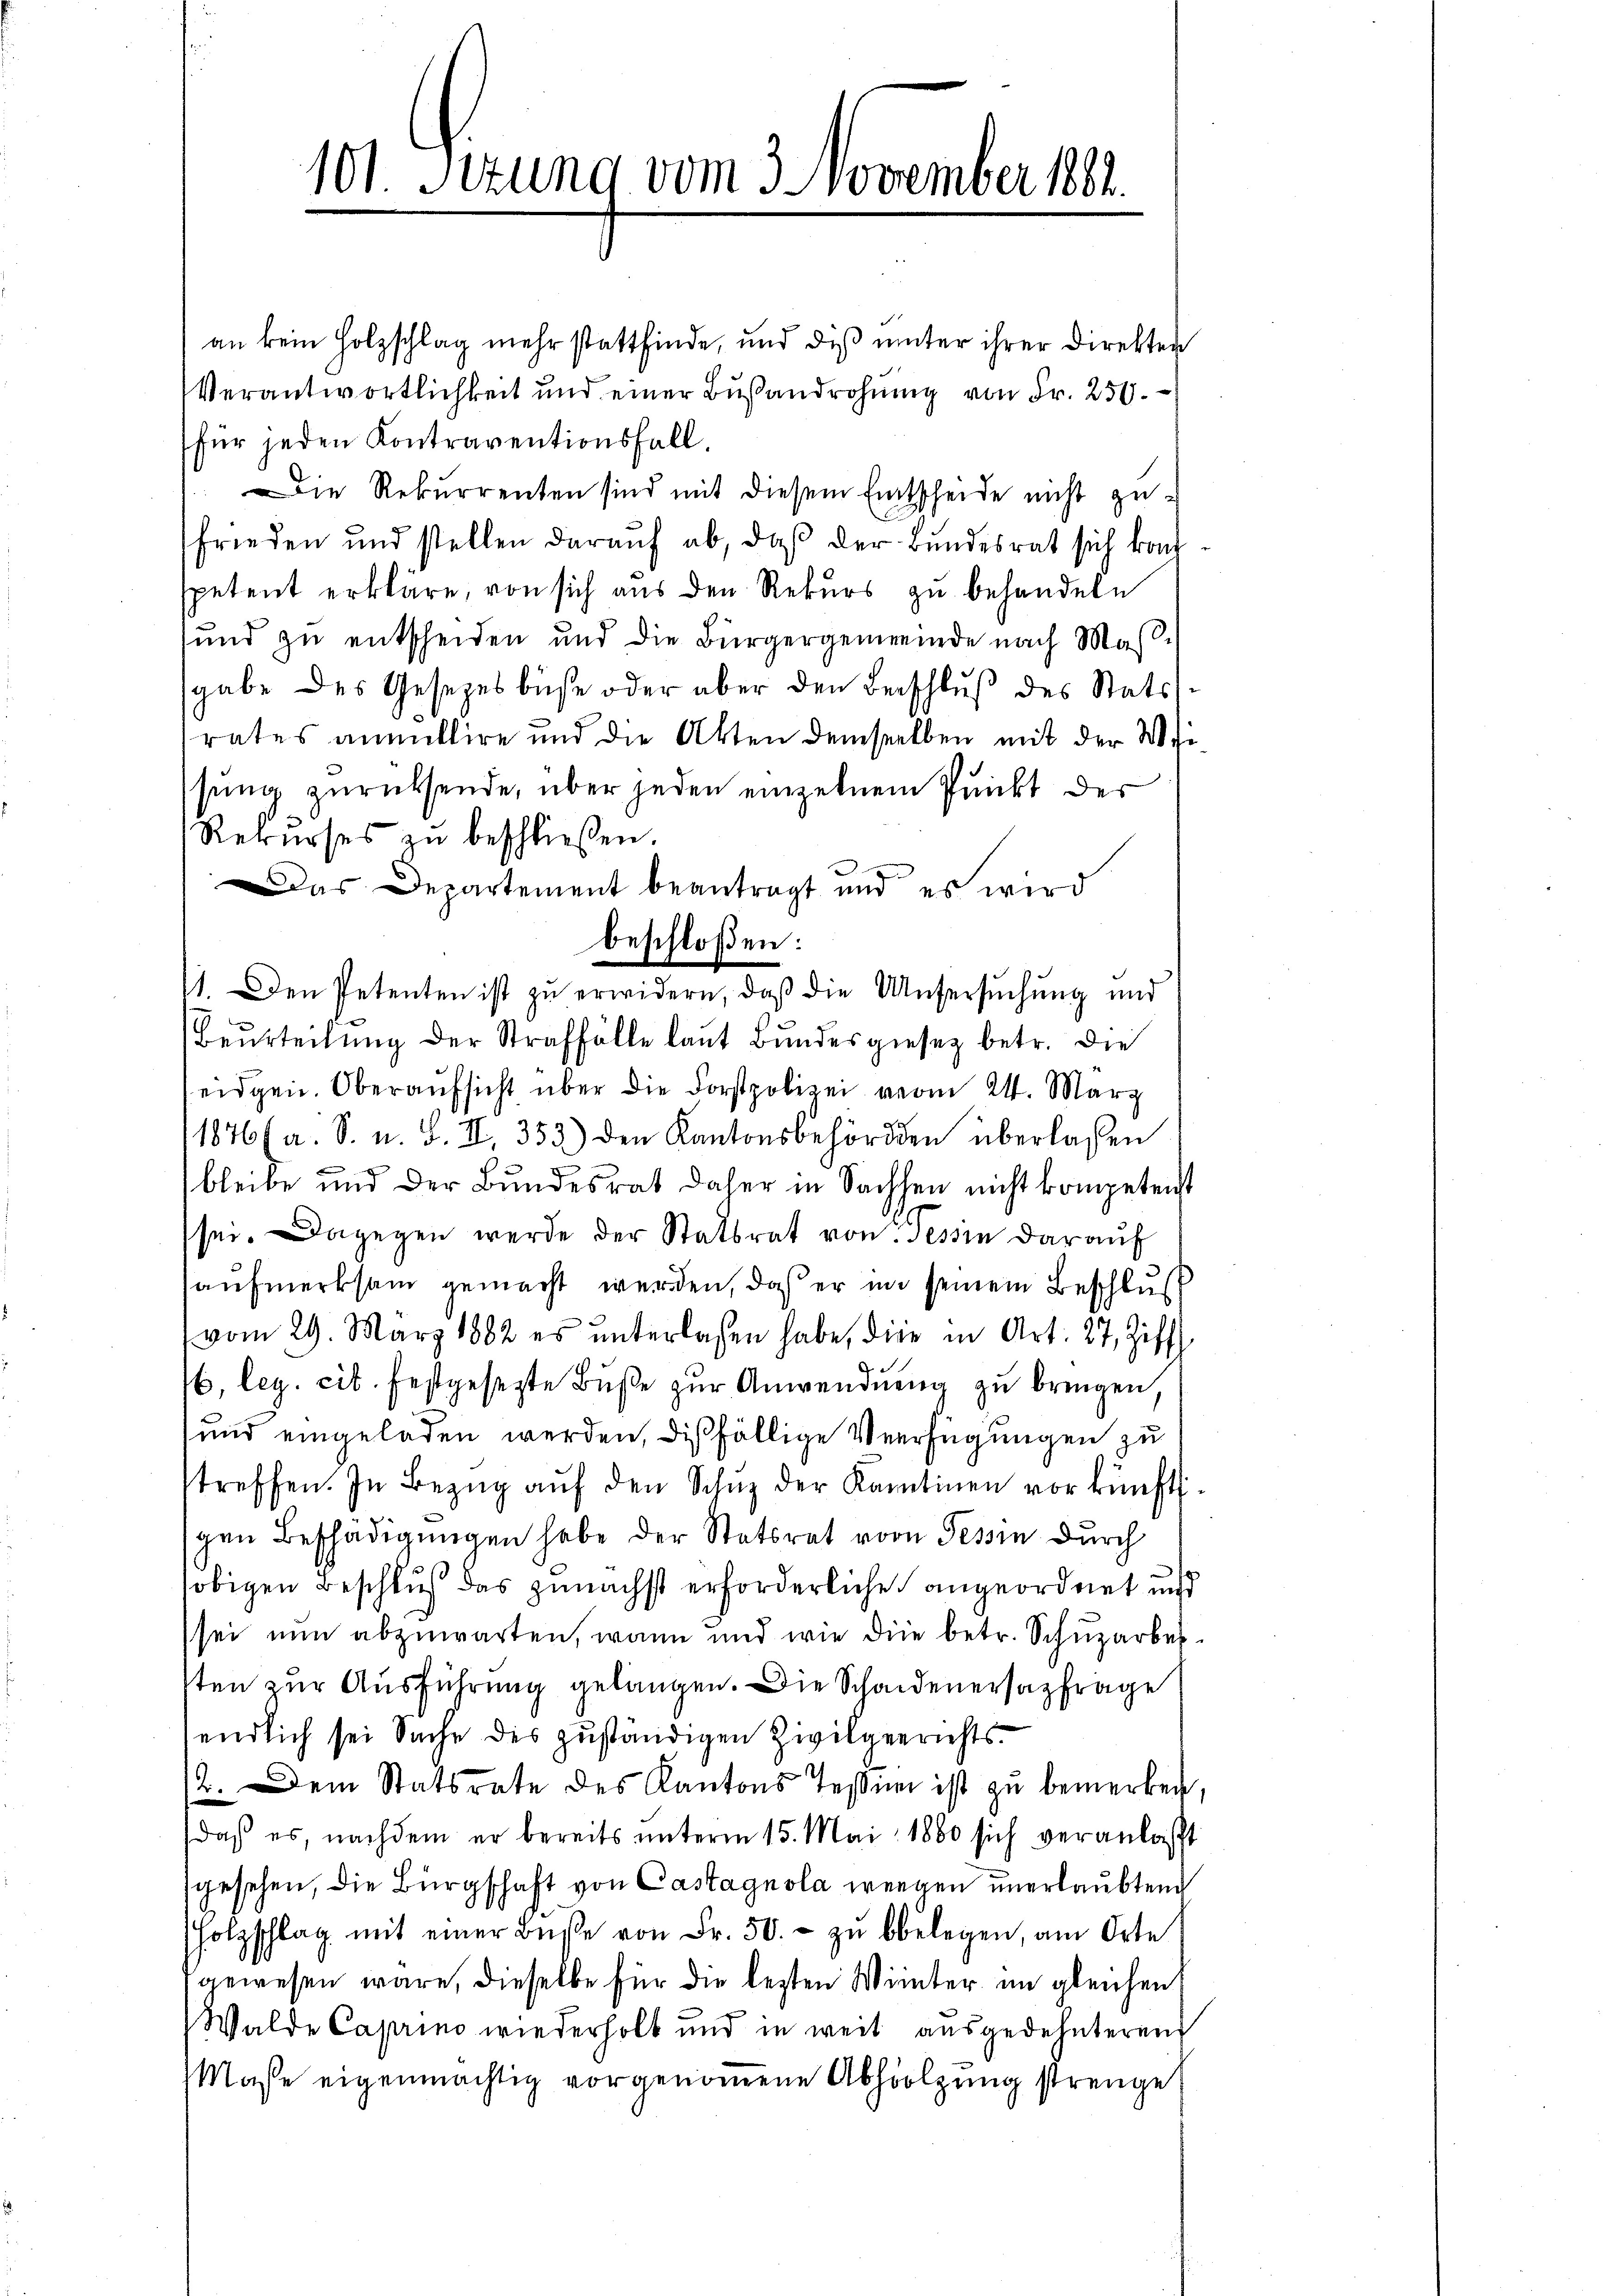
101. Sezung vom 3. November 1881.

an kein Holzschlag mehr stattfinde, und dis unter ihrer Direkten
Verantwortlichkeit und einer Busandrohung von Fr. 259.
für jeden Kontraventionsfall.
Die Rekurrenten sind mit diesem Entscheide nicht ge-
frieden und stellen darauf ab, daß der Bundesrat sich kan
petent erkläre, von sich aus den Rekurs zu behandeln
und zu entscheiden und die Bürgergemeinde nach Maßsgabe des Gesetzesbüse oder aber den Beschlŭβ des Statsrates anmittire und die Akten demselben mit der Wie
ssung zurücksende, über jeden einzelnen Punkt der
Rekurses zu beschließen.
Das Departement beantragt und es wird
11. Den Petenten ist zŭ erwidern, daβ die Unsersŭchŭng und
Beurteilung der Straffälle laut Bundesgiese betr. die
eidgen. Oberaufsicht über die Forstpolizei vom 24. März
11876 (a. S. u. B. II. 353) den Kantonsbehörden überlassen
bleibe und der Bundesrat daher in Sachsen nicht kompetent
sei. Dagegen werde der Statsrat von Tessin darauf
aufmerksam gemacht werden, daß er in seinem Beschluß
vom 29. März 1882 es ŭnterlassen habe, die in Art. 27, Ziff
b, leg. cit. festgesetzte Buße zur Anwendung zu bringen
und eingeladen werden, dießfällige Verfügungen zu
streffen. In Bezŭg aŭf den Schŭz der Kantinen vor künft
gen Beschädigŭngen habe der Statsrat vom Tessin durch
obigen Beschluß das zunächst erforderliche angeordnet und
sei nun abzuwarten, wann und wie die betr. Schuzarbeisten zur Ausführung gelangen. Die Schadenersatzfrage
endlich sei Sache des zuständigen Zivilgerichts¬
12. Dem Statsrate des Kantons Teßner ist zu bemerken,
daß es, nachdem er bereits unterm 15. Mai 1880 sich veranlaßt
sgesehen, die Bürgschaft von Castagnola wegen unerlaubten
holzschlag mit einer Bŭβe von Fr. 50.- zŭ bbelegen, am Orte
gewesen wäre, dieselbe für die lezten Winter im gleichen
Walde Caprino wiederholt und in weit ausgedehnteren
Masse eigenmächtig vorgenommene Abhölzung strenge

beschloßen: